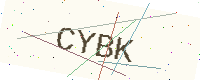
Text: CYBK